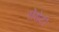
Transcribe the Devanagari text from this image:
रॉसेटी